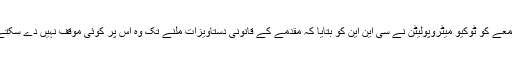
جمعے کو ٹوکیو میٹروپولیٹن نے سی این این کو بتایا کہ مقدمے کے قانونی دستاویزات ملنے تک وہ اس پر کوئی موقف نہیں دے سکتے۔